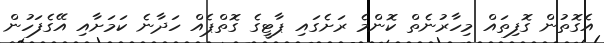
އެގޮތުން ގޮފިތައް މިހާރުނެތް ކޮންމެ ރަށެގައި ޕާޓީގެ ގޮތްޕެއް ހަދާނެ ކަމަށާއި އޭގެފަހުން